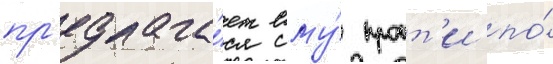
пр'едлага́ет ему́ проит'и по́